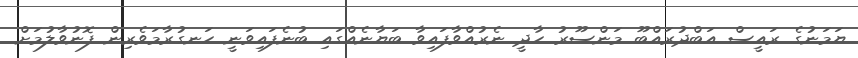
ޔަމަނުގެ ރައީސް އަބްދުރައްބޫ މަންސޫރު ހާދީ ނެރުއްވާފައިވާ ބަޔާނެއްގައި ބުނެފައިވަނީ ހަނގުރާމަވެރިން ފޮނުވާލުމަށް